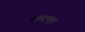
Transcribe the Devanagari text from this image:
शब्दमृल